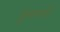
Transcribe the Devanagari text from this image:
मुल्तापी